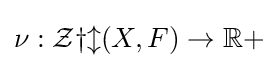
\nu :{\mathcal {Zyl}}(X,F)\to \mathbb {R} +